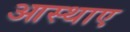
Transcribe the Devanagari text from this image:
आस्थाए